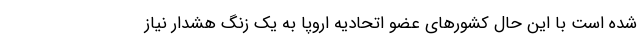
شده است با این حال کشورهای عضو اتحادیه اروپا به یک زنگ هشدار نیاز